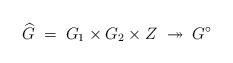
LaTeX: \begin{align*} \widehat{G} \;=\; G_1\times G_2 \times Z \; \twoheadrightarrow \; G^\circ\end{align*}